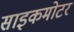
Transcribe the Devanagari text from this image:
साइकमोटर